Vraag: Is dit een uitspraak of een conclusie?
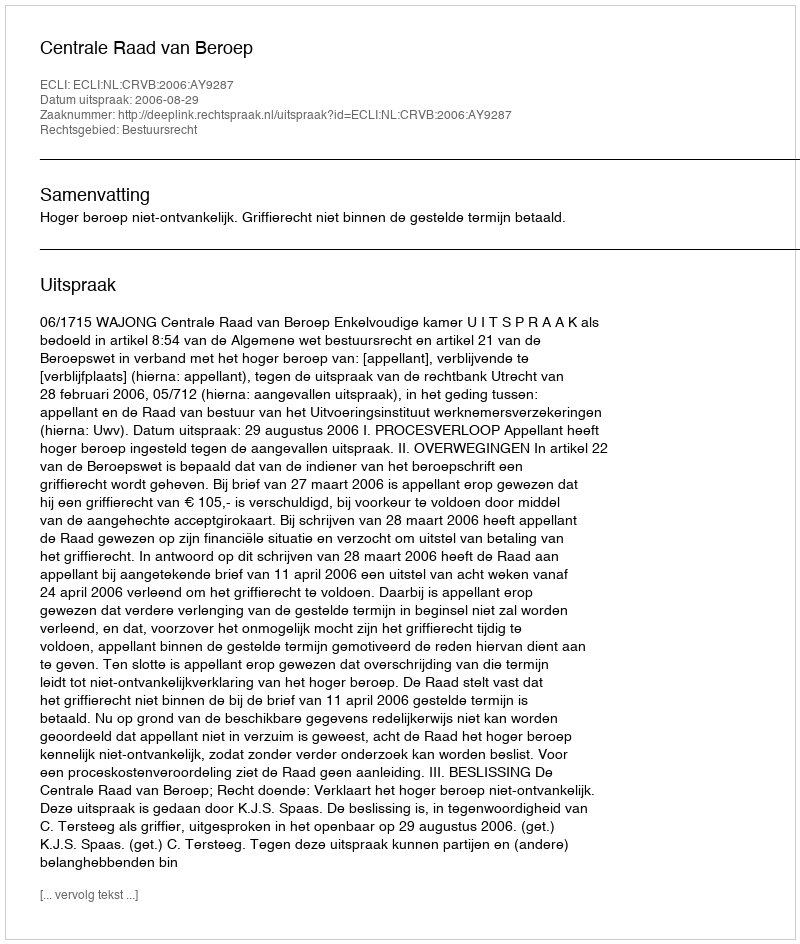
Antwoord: Uitspraak